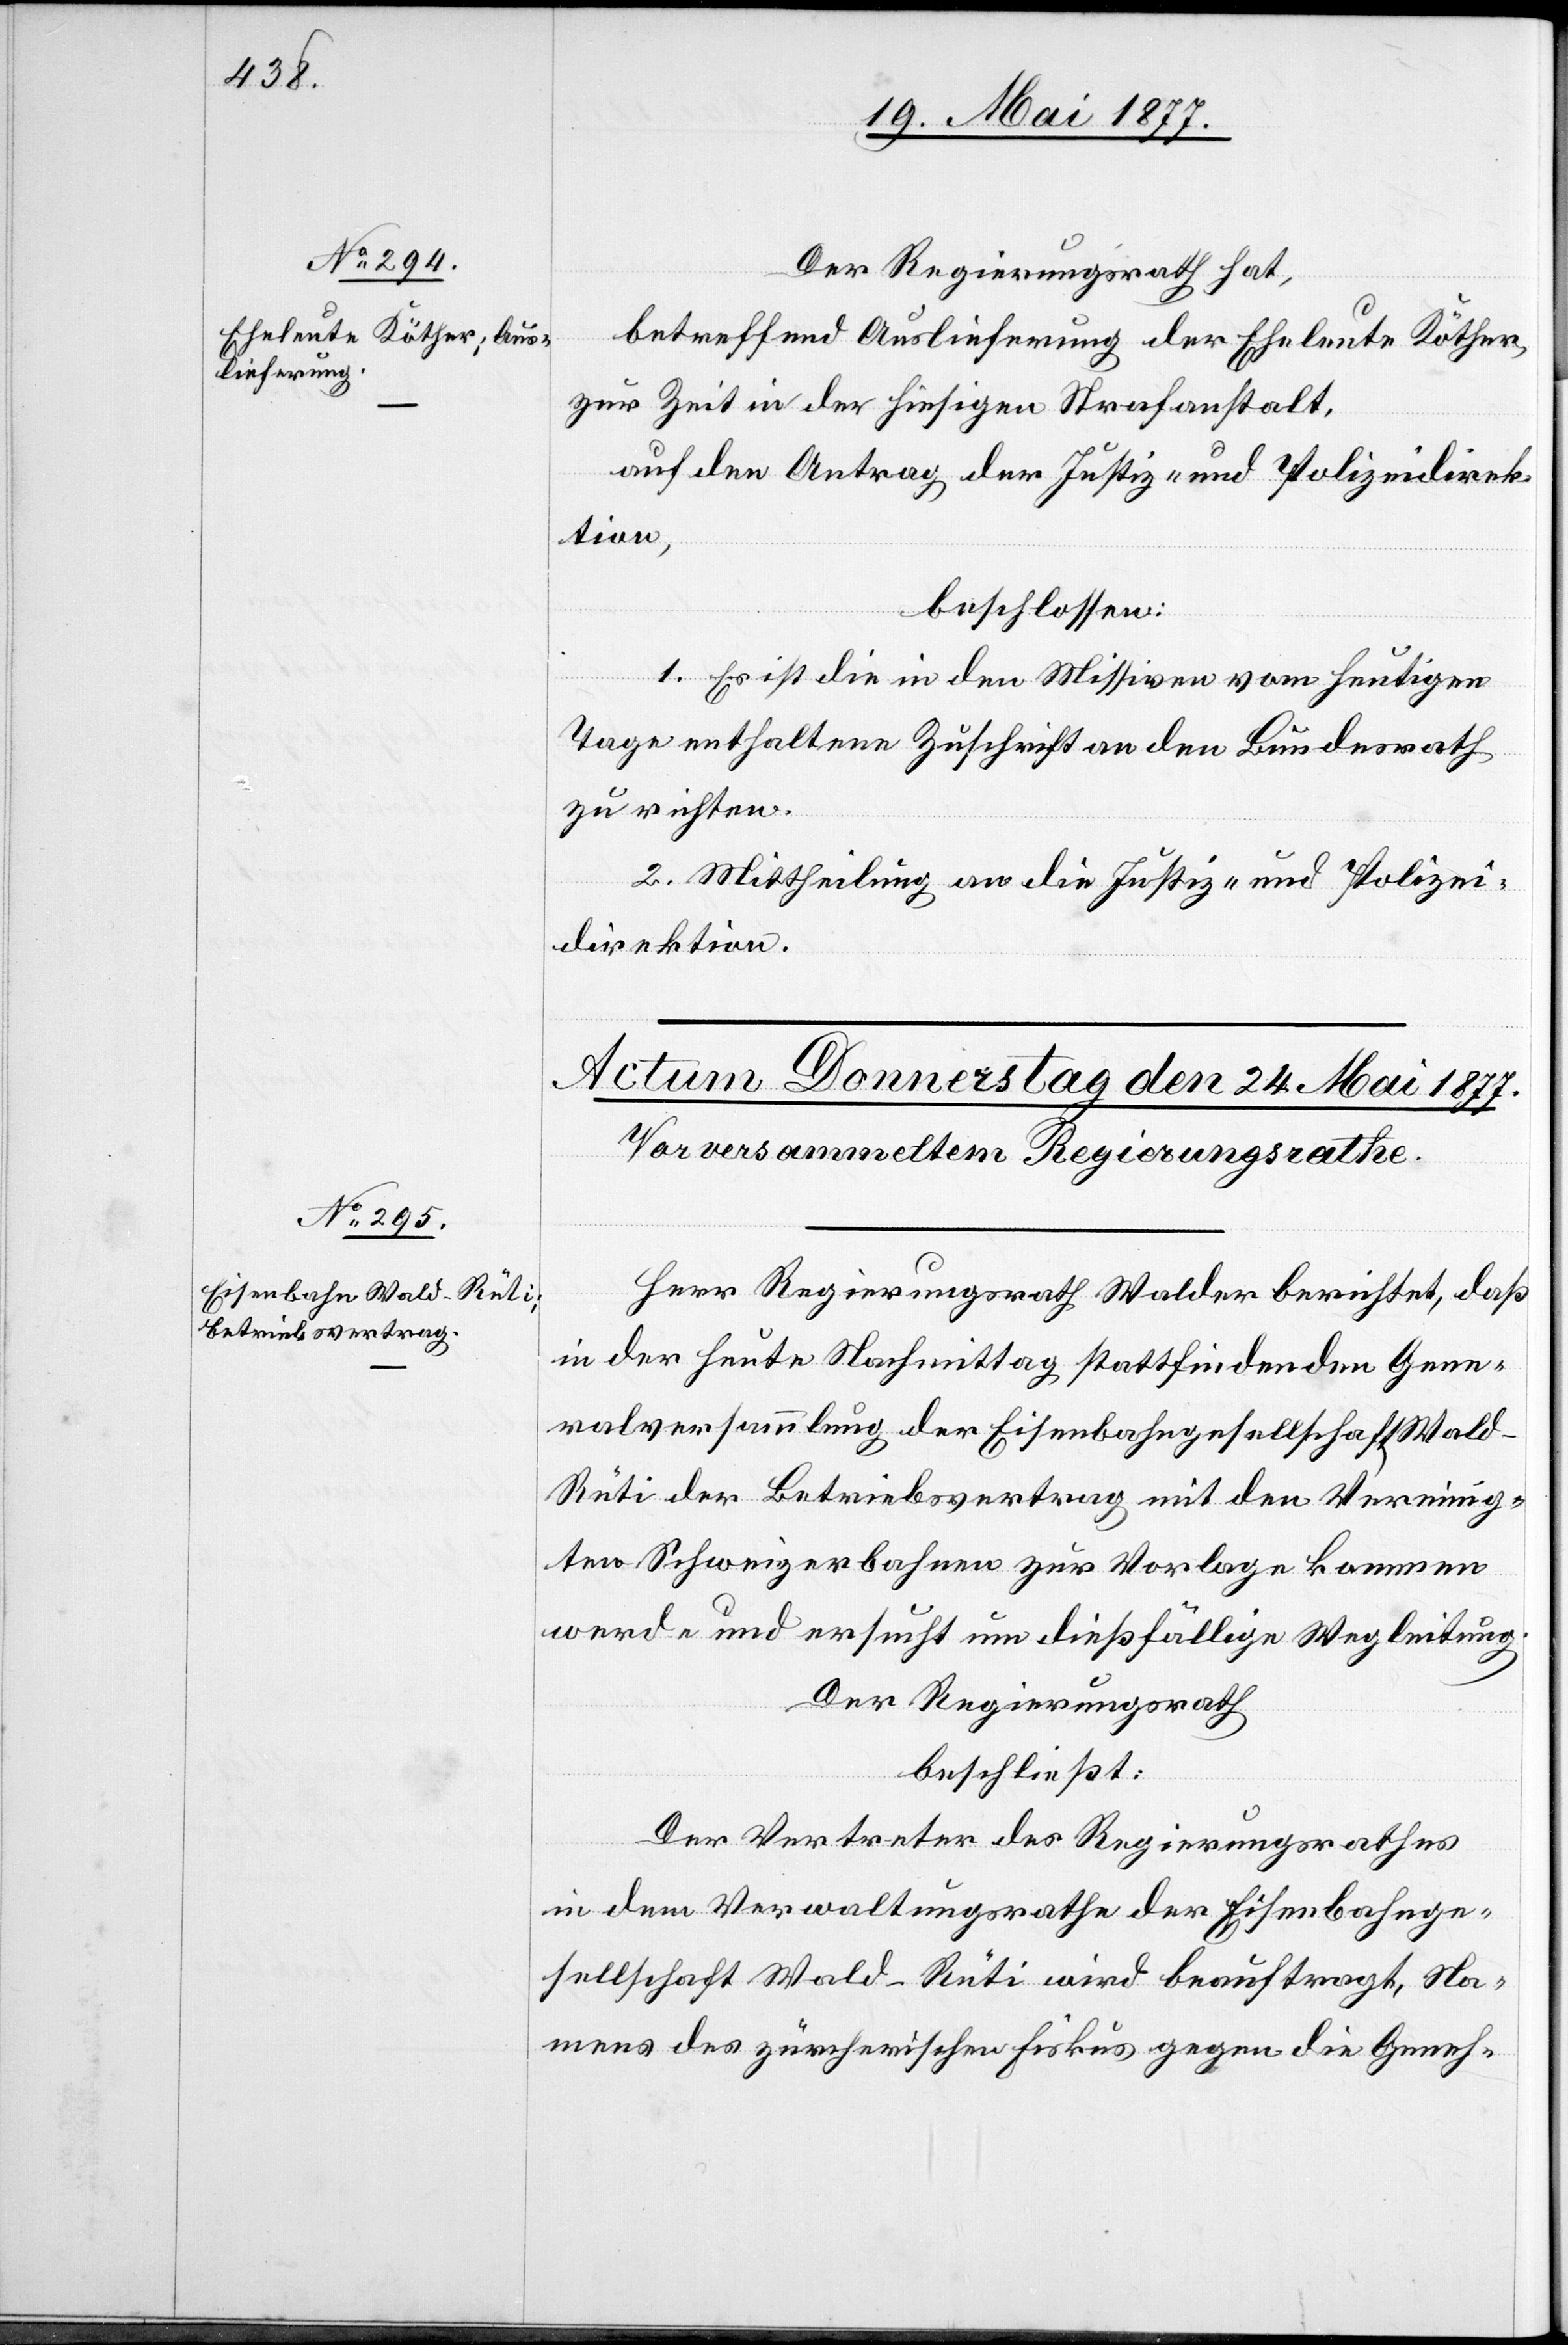
20. Mai 1877.]
Der Regierungsrath hat,
betreffend Auslieferung der Eheleute Köther,
zur Zeit in der hiesigen Strafanstalt,
auf den Antrag der Justiz- und Polizeidirek¬
tion,
beschlossen:
1. Es ist die in den Missiven vom heutigen
Tage enthaltene Zuschrift an den Bundesrath
zu richten.
2. Mittheilung an die Justiz- und Polizei¬
direktion.
Herr Regierungsrath Walder berichtet, daß
in der heute Nachmittag stattfindenden Gene¬
ralversammlung der Eisenbahngesellschaft Wal¬
d–Rüti der Betriebsvertrag mit den Vereinig¬
ten Schweizerbahnen zur Vorlage kommen
werde und ersucht um dießfällige Wegleitung.
Der Regierungsrath
beschließt:
Der Vertreter des Regierungsrathes
in dem Verwaltungsrathe der Eisenbahnge¬
sellschaft Wald–Rüti wird beauftragt, Na¬
mens des zürcherischen Fiskus gegen die Geneh-